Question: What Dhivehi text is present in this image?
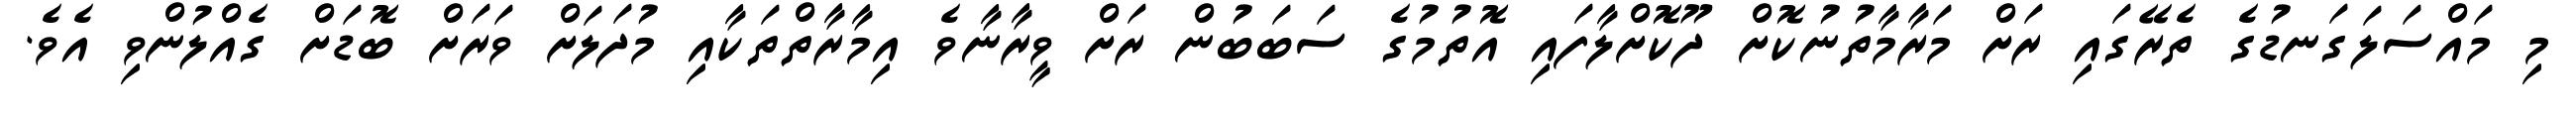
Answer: މި މައްސަލަގަނޑުގެ ތެރޭގައި ރަށް މަރާމާތުނުކޮށް ދޫކޮށްލާފައި އޮތުމުގެ ސަބަބުން ރަށް ވީރާނާވެ އިމާރާތްތަކާއި މުދަލަށް ވަރަށް ބޮޑަށް ގެއްލުންވި އެވެ.